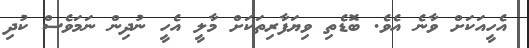
އެހީއަކަށް ވާނެ އެވެ. ބޮޑެތި ވިޔަފާރިތަކަށް މާލީ އެހީ ނުދިން ނަމަވެސް ކުދި